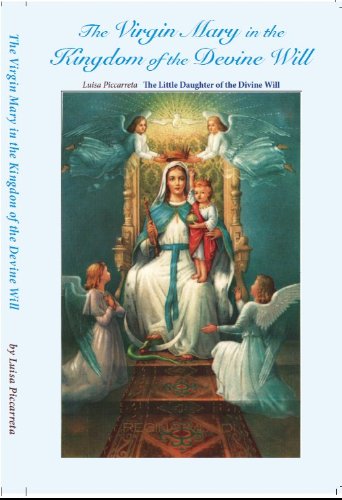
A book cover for The Virgin Mary in the Kingdom of the Divine Will; Luisa Piccarreta; Christian Books & Bibles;